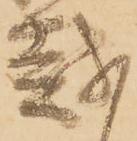
越